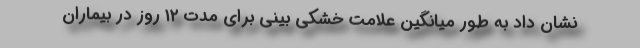
نشان داد به طور میانگین علامت خشکی بینی برای مدت ۱۲ روز در بیماران